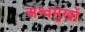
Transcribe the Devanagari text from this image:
अश्वमुखों